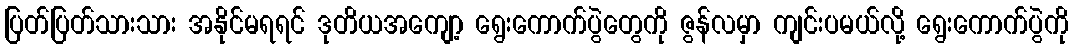
ပြတ်ပြတ်သားသား အနိုင်မရရင် ဒုတိယအကျော့ ရွေးကောက်ပွဲတွေကို ဇွန်လမှာ ကျင်းပမယ်လို့ ရွေးကောက်ပွဲကို